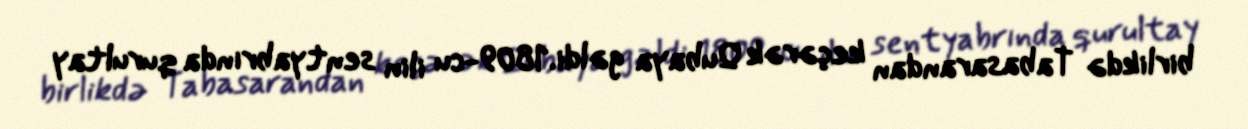
birlikdə Tabasarandan keçərək Qubaya gəldi.1809-cu ilin sentyabrında qurultay